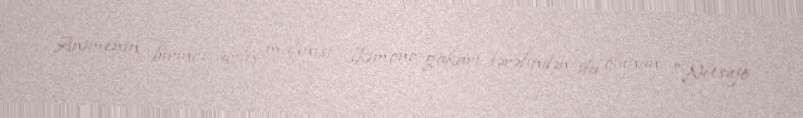
Animenin birinci açılış mahnısı Ikimono-gakari tərəfindən ifa olunan "Netsujō